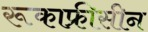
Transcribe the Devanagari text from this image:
रूकाफ्रीसीन